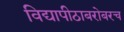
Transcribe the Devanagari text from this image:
विद्यापीठाबरोबरच